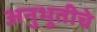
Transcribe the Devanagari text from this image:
अनुभूतीचे